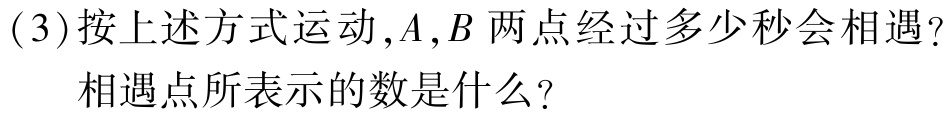
(3)按上述方式运动,$A,B$ 两点经过多少秒会相遇?

相遇点所表示的数是什么?